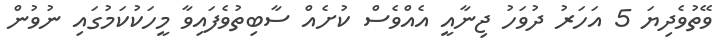
ވޭތުވެދިޔަ 5 އަހަރު ދުވަހު ޖިނާއީ އެއްވެސް ކުށެއް ސާބިތުވެފައިވާ މީހަކުކަމުގައި ނުވުން